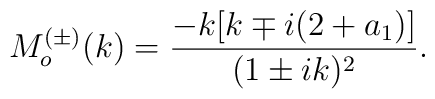
M^{(\pm)}_o(k)=\frac{-k[k\mp i(2+a_1)]}{(1\pm ik)^2}.